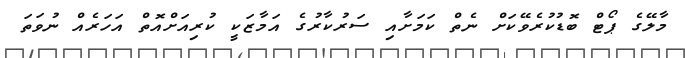
މާލޭގެ ޕޯޓް ބޮޑުކުރެވޭކަށް ނެތް ކަމަށާއި ސަރުކާރުގެ އަމާޒަކީ ކުރިއަށްއޮތް އަހަރެއް ނުވަތަ